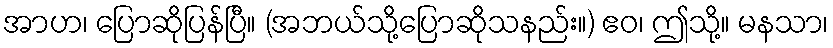
အာဟ၊ ပြောဆိုပြန်ပြီ။ (အဘယ်သို့ပြောဆိုသနည်း။) ဧဝ၊ ဤသို့။ မနသာ၊